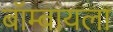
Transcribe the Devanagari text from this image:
बॉम्बायला